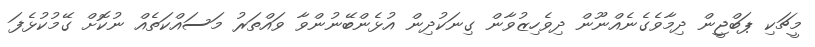
މީޗަކި ޕަބްޖީން ދިމާވެގެނެއްނޫން ދިވެހިޒުވާން ގިނަކުދިން އުޅެންބޭނުންވާ ވައްތަރު މަސައްކަތެއް ނުކޮށް ގޭމުކުޅެފަ